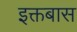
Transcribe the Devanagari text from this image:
इक्तबास